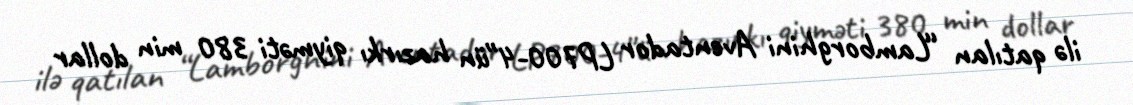
ilə qatılan “Lamborghini Aventador LP700-4″ün hazırkı qiyməti 380 min dollar